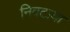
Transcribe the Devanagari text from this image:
निवटाया